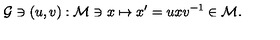
{ \cal G } \ni ( u , v ) : { \cal M } \ni x \mapsto x ^ { \prime } = u x v ^ { - 1 } \in { \cal M } .